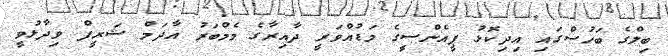
ބިލްގެ ބަހުސްގައި އިދިކޮޅު ޕީއެންސީގެ މަޑުއްވަރީ ދާއިރާގެ މެމްބަރު އާދަމް ޝަރީފް ވިދާޅުވީ